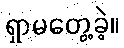
ရှာမတွေ့ခဲ့။